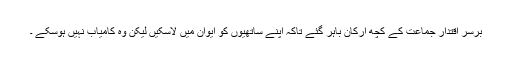
برسر اقتدار جماعت کے کچھ ارکان باہر گئے تاکہ اپنے ساتھیوں کو ایوان میں لاسکیں لیکن وہ کامیاب نہیں ہوسکے ۔